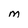
Character: m